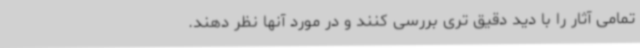
تمامی آثار را با دید دقیق تری بررسی کنند و در مورد آنها نظر دهند.